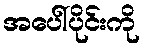
အပေါ်ပိုင်းကို